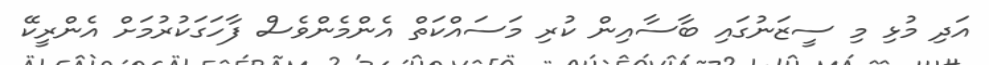
އަދި މުޅި މި ސީޒަނުގައި ބާސާއިން ކުރި މަސައްކަތް އެންމެންވެސް ފާހަގަކުރުމަށް އެންރީކޭ